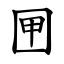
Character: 㘡